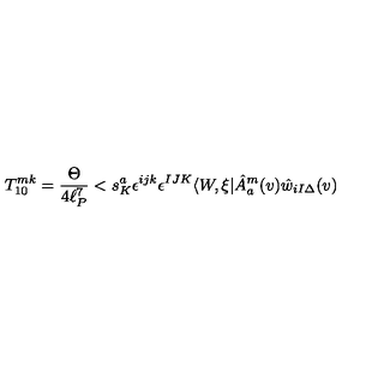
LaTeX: T _ { 1 0 } ^ { m k } = \frac { \Theta } { 4 \ell _ { P } ^ { 7 } } < s _ { K } ^ { a } \epsilon ^ { i j k } \epsilon ^ { I J K } \langle W , \xi | \hat { A } _ { a } ^ { m } ( v ) \hat { w } _ { i I \Delta } ( v )